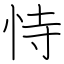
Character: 恃